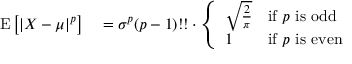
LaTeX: \begin{array} { r l } { \operatorname { E } \left[ | X - \mu | ^ { p } \right] } & { { } = \sigma ^ { p } ( p - 1 ) ! ! \cdot { \left\{ \begin{array} { l l } { { \sqrt { \frac { 2 } { \pi } } } } & { { \mathrm { i f ~ } } p { \mathrm { ~ i s ~ o d d } } } \\ { 1 } & { { \mathrm { i f ~ } } p { \mathrm { ~ i s ~ e v e n } } } \end{array} \right. } } \end{array}